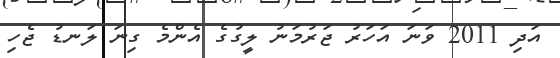
އަދި 2011 ވަނަ އަހަރު ޖަރުމަނު ލީގުގެ އެންމެ ގިނަ ލަނޑު ޖެހި